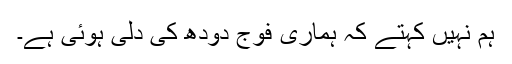
ہم نہیں کہتے کہ ہماری فوج دودھ کی دلی ہوئی ہے۔